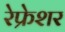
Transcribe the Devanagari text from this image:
रेफ्रेशर